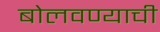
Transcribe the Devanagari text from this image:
बोलवण्याची